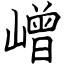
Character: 嶒